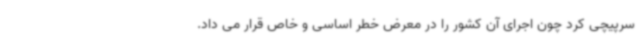
سرپیچی کرد چون اجرای آن کشور را در معرض خطر اساسی و خاص قرار می داد.